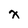
Character: x